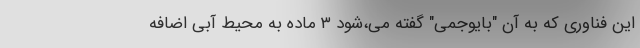
این فناوری که به آن "بایوجمی" گفته می‌،شود ۳ ماده به محیط آبی اضافه